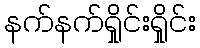
နက်နက်ရှိုင်းရှိုင်း